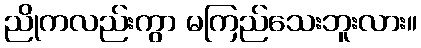
ညိုကလည်းကွာ မကြည်သေးဘူးလား။